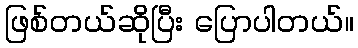
ဖြစ်တယ်ဆိုပြီး ပြောပါတယ်။